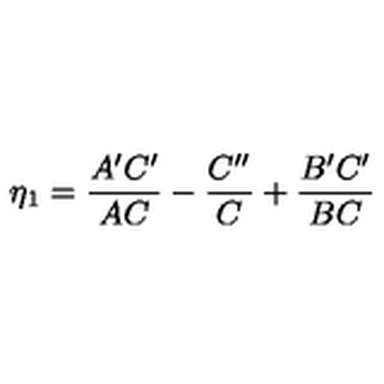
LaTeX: \eta _ { 1 } = { \frac { A ^ { \prime } C ^ { \prime } } { A C } } - { \frac { C ^ { \prime \prime } } { C } } + { \frac { B ^ { \prime } C ^ { \prime } } { B C } }